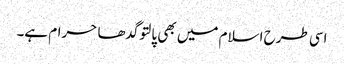
اسی طرح اسلام میں بھی پالتو گدھا حرام ہے۔